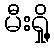
မီးရှို့